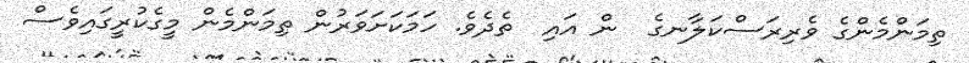
ތިމަންމެންގެ ވެރިރަސްކަލާނގެ  ން އައި  ތެދެވެ. ހަމަކަށަވަރުން ތިމަންމެން މީގެކުރީގައިވެސް